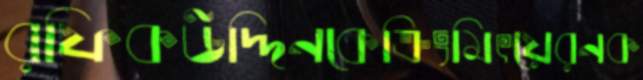
রফিকউদ্দিনকেক্রিংমিৎয়েরনক